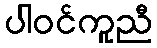
ပါဝင်ကူညီ